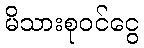
မိသားစုဝင်ငွေ